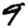
Digit: 9